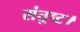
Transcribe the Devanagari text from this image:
संतुष्ट।